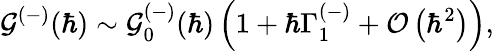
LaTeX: \mathcal{G}^{(-)}(\hbar)\sim{\mathcal{G}_{0}^{(-)}(\hbar)}\left(1+\hbar\Gamma_{1}^{(-)}+\mathcal{O}\left(\hbar^{2}\right)\right),